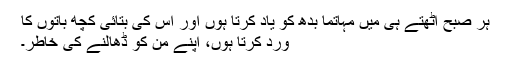
ہر صبح اٹھتے ہی میں مہاتما بدھ کو یاد کرتا ہوں اور اس کی بتائی کچھ باتوں کا
ورد کرتا ہوں، اپنے من کو ڈھالنے کی خاطر۔